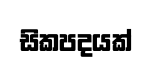
සිකපදයක්